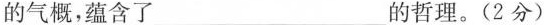
的气概，蕴含了_______的哲理。(2分)